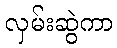
လှမ်းဆွဲကာ